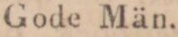
Gode Män.